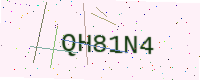
Text: QH81N4